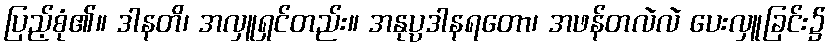
ပြည့်စုံ၏။ ဒါနတိ၊ အလှူရှင်တည်း။ အနုပ္ပဒါနရတော၊ အဖန်တလဲလဲ ပေးလှူခြင်း၌